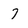
Character: 7